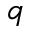
q